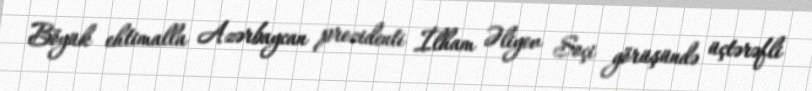
Böyük ehtimalla Azərbaycan prezidenti İlham Əliyev Soçi görüşündə üçtərəfli